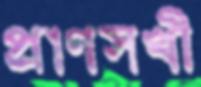
প্রাণসখী